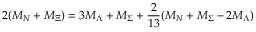
2 ( M _ { N } + M _ { \Xi } ) = 3 M _ { \Lambda } + M _ { \Sigma } + \frac { 2 } { 1 3 } ( M _ { N } + M _ { \Sigma } - 2 M _ { \Lambda } )